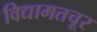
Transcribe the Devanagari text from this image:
विद्यामतचूर